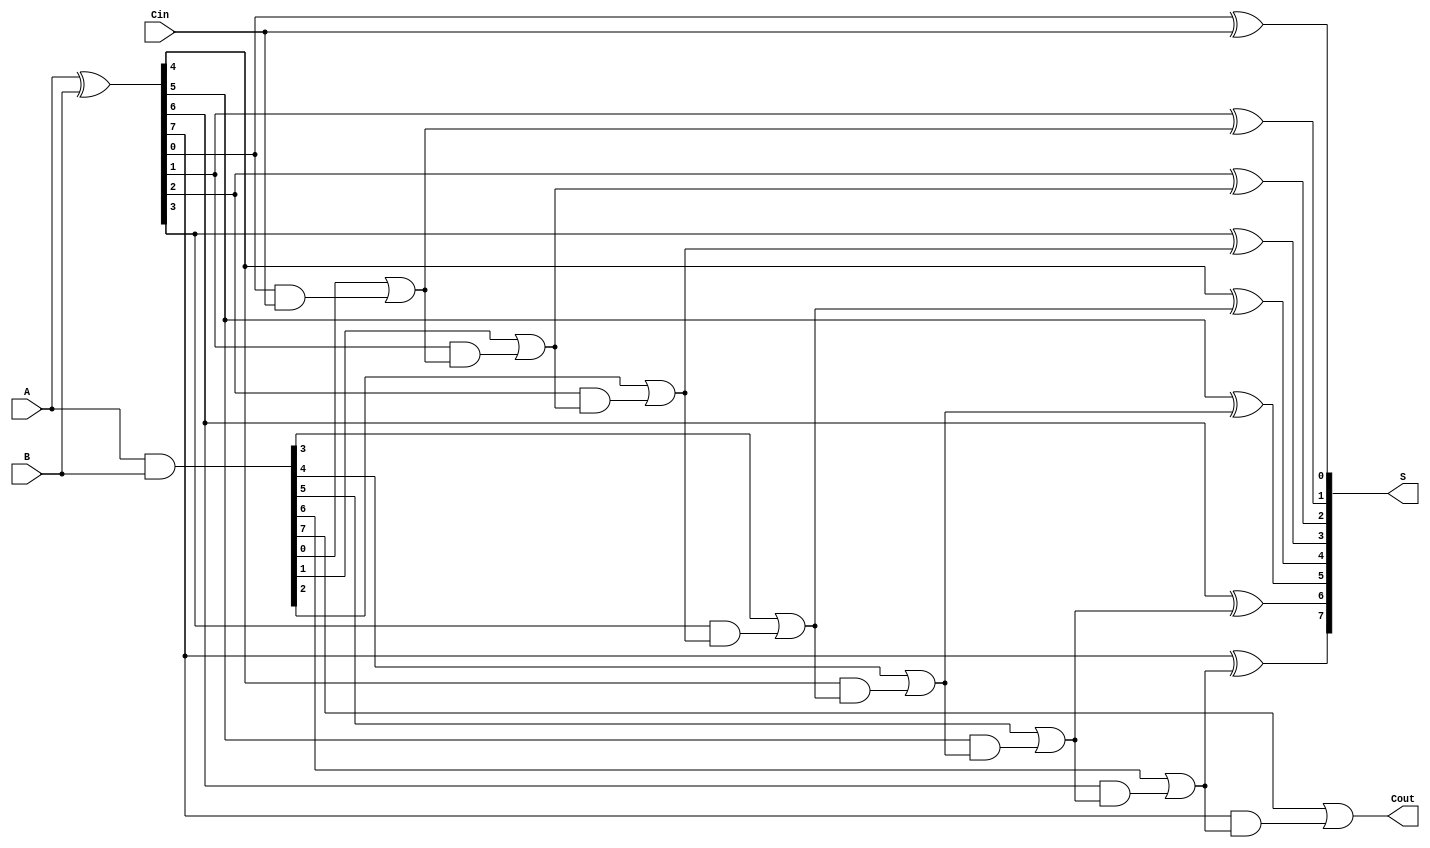
module SklanskyAdder #(
    parameter N = 8  // Width of the adder (can be changed as needed)
)(
    input  [N-1:0] A,   // First n-bit input
    input  [N-1:0] B,   // Second n-bit input
    input         Cin,   // Carry-in
    output [N-1:0] S,    // n-bit Sum output
    output        Cout    // Carry-out output
);

    wire [N-1:0] G;      // Generate signals
    wire [N-1:0] P;      // Propagate signals
    wire [N:0] C;        // Carry signals

    // Generate and Propagate signal calculations
    assign G = A & B;          // Generate: G[i] = A[i] & B[i]
    assign P = A ^ B;          // Propagate: P[i] = A[i] ^ B[i]

    // Carry calculations
    assign C[0] = Cin;         // Initial carry input
    genvar i;
    
    // Level 1 carry calculations
    generate
        for (i = 0; i < N; i = i + 1) begin : level_1
            assign C[i+1] = G[i] | (P[i] & C[i]); // C[i+1] = G[i] | (P[i] & C[i])
        end
    endgenerate

    // Sum calculation
    generate
        for (i = 0; i < N; i = i + 1) begin : sum_calculation
            assign S[i] = P[i] ^ C[i]; // S[i] = P[i] ^ C[i]
        end
    endgenerate

    // Final carry-out
    assign Cout = C[N]; // Final carry-out is C[N]

endmodule